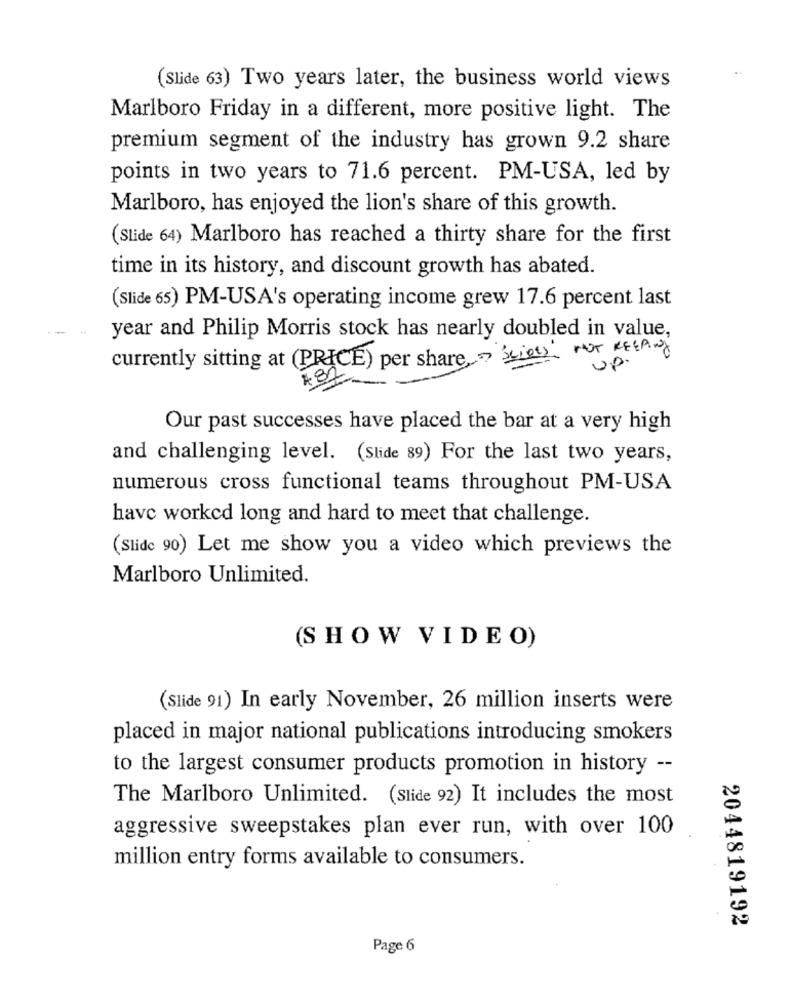
(Slide 63) Two years later, the business world views
Marlboro Friday in a different, more positive light. The
premium segment of the industry has grown 9.2 share
points in two years to 71.6 percent. PM-USA, led by
Marlboro, has enjoyed the lion's share of this growth.
(Slide 64) Marlboro has reached a thirty share for the first
time in its history, and discount growth has abated.
(Slide 65) PM-USA's operating income grew 17.6 percent last
--
year and Philip Morris stock has nearly doubled in value,
currently sitting at (PRICE) per share Seiers nur Keting
Up.
Our past successes have placed the bar at a very high
and challenging level. (Slide 89) For the last two years,
numerous cross functional teams throughout PM-USA
have worked long and hard to meet that challenge.
(Slide 90) Let me show you a video which previews the
Marlboro Unlimited.
(S HOW VIDEO)
(Slide 91) In early November, 26 million inserts were
placed in major national publications introducing smokers
to the largest consumer products promotion in history --
The Marlboro Unlimited. (Slide 92) It includes the most
aggressive sweepstakes plan ever run, with over 100
million entry forms available to consumers.
2044819192
Page 6